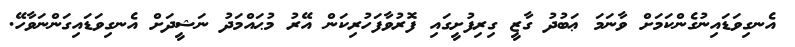
އެނގިވަޑައިނުގެންކަމަށް ވާނަމަ ޢަބުދު ގާޒީ ގިރިފުށީގައި ފޮރުވާފަހުރިކަން އޭރު މުޙައްމަދު ނަޝީދަށް އެނގިވަޑައިގަންނަވާހޭ.